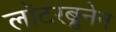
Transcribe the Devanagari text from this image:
लॉटरब्रुनेन